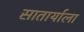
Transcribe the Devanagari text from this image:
सातार्याला